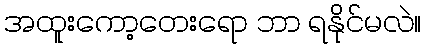
အထူးကော့တေးရော ဘာ ရနိုင်မလဲ။